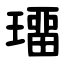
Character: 璢